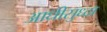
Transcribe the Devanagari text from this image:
आधीसुध्दा